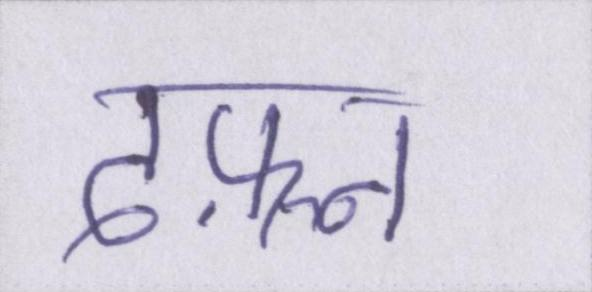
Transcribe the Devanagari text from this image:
दफ़्न